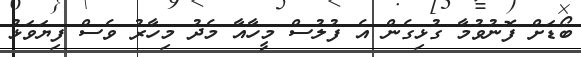
ބޯޑަށް ފޮނުވުމާ ގުޅިގެން އެ ފުލުސް މީހާއާ މެދު މިހާރު ވެސް ފިޔަވަޅު